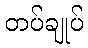
တပ်ချုပ်